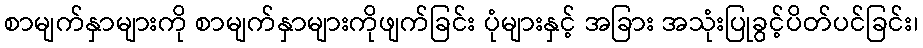
စာမျက်နှာများကို စာမျက်နှာများကိုဖျက်ခြင်း ပုံများနှင့် အခြား အသုံးပြုခွင့်ပိတ်ပင်ခြင်း၊